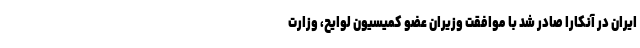
ایران در آنکارا صادر شد با موافقت وزیران عضو کمیسیون لوایح، وزارت